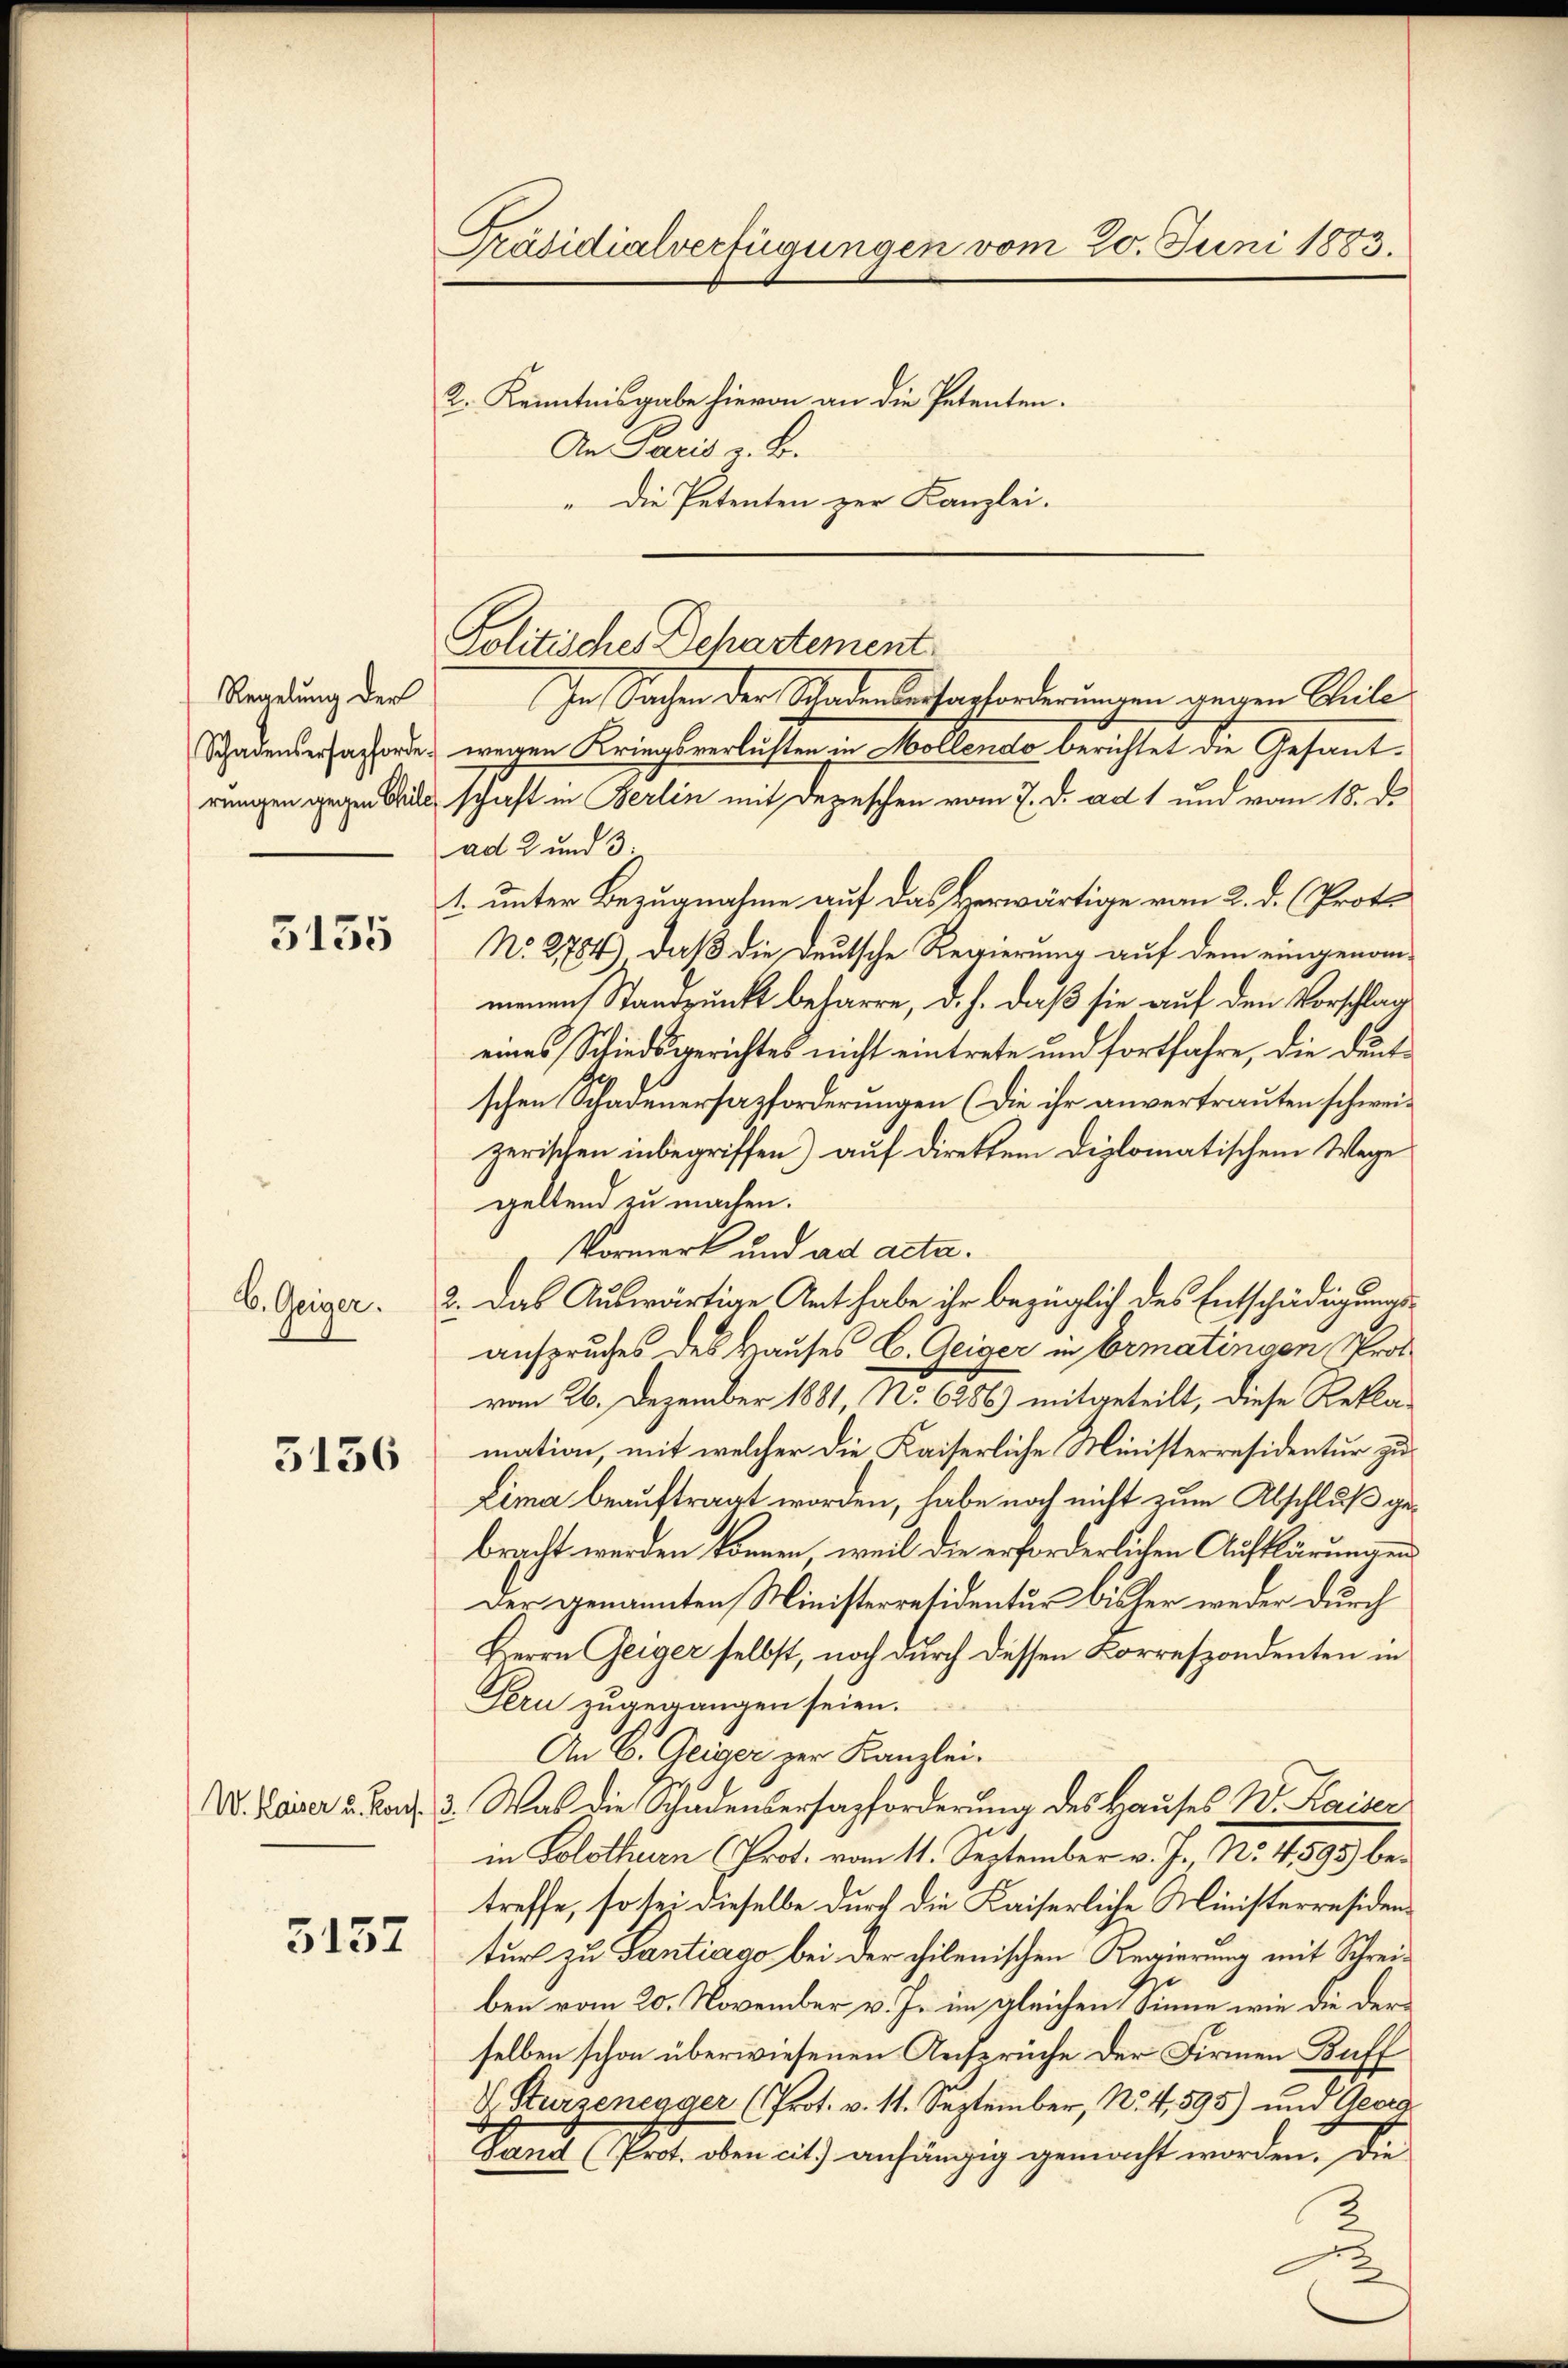
5135

Regelung der
Schadensersagforde
rungen gegen Chile

6. Geiger.

5136

5157

Präsidialverfügungen vom 20. Juni 1883.
2. Kenntnisgabe hievon an die Petenten.
An Paris z. B.
"Die Petenten zur Kanzlei.

Politisches Departement.

In Sachen der Schadensersapforderungen gegen Theile
wegen Kriegsverlusten in Mollendo berichtet die Gesandschaft in Berlin mit Depeschen vom 7. d. ad 1 und vom 18. d.
ad 2 und 3:
1. unter Bezugnahme auf das Herwärtige vom 2. d. (Proto
No. 2784, daß die Deutsche Regierung auf dem eingenom-
menen Standpunkt beharre, d. h. daß sie auf den Vorschlag
eines Schiedsgerichtes nicht eintrete und fortfahre, die deutschen Schadenersazforderungen (Die ihr anvertrauten schweizerischen inbegriffen) auf direkten Diplomatischem Wege
geltend zu machen.
VVormerk und ad acta.
2. Das Auswärtige Art habe ihr bezüglich des Entschädigungsanspruches des Hauses C. Geiger in Ermatingen Prot
vom 26. Dezember 1881, No 6386) mitgeteilt, diese Reklamation, mit welcher die Kaiserliche Ministerresidentur zu¬
Lima beauftragt worden, habe noch nicht zum Abschluß gebracht werden können, weil die erforderlichen Aufklärungen
Der genannten Ministerresidentur bisher weder durch
Herrn Geiger selbst, noch durch dessen Korrespondenten in
Tern zugegangen seien.
An C. Geiger zur Kanzlei.
V. Bauer u. Fr. 3. Was die Schadensersazforderung des Hauses W. Kaiser
in Solothurn (Prot. vom 11. September v. J., N. 11893 betreffe, so sei dieselbe durch die Kaiserliche Ministerresidentur zu Santiago bei der chilenischen Regierung mit Schreiben vom 20. November v. Js. im gleichen Sinne wie die der
selben schon überwiesenen Ansprüche der Firmen Buff
V. Kurzenegger (Prot. v. 11. September, N. 4, 595) und Georg
Fand (Prot. oben cit. anhängig gemacht worden, die
A